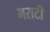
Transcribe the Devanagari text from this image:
भराटी